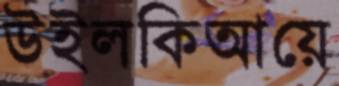
উইলকিআয়ে